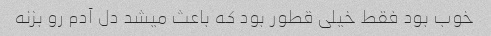
خوب بود فقط خیلی قطور بود که باعث میشد دل آدم رو بزنه